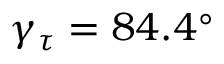
\gamma _ { \tau } = 8 4 . 4 ^ { \circ }